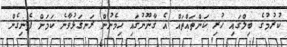
ކުރުމުގެ ބިލްގައި ހުރި ކަންތައްތައް އެ ގާނޫނުގައި ހިމެނުން ރަނގަޅުވާނެ ކަމަށް ފެނިގެން